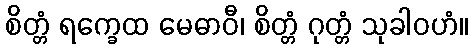
စိတ္တံ ရက္ခေထ မေဓာဝီ၊ စိတ္တံ ဂုတ္တံ သုခါဝဟံ။